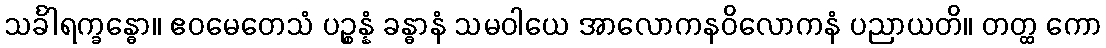
သင်္ခါရက္ခန္ဓော။ ဧဝမေတေသံ ပဉ္စန္နံ ခန္ဓာနံ သမဝါယေ အာလောကနဝိလောကနံ ပညာယတိ။ တတ္ထ ကော